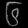
Digit: ၆